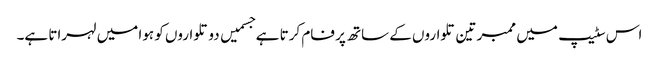
اس سٹیپ میں ممبر تین تلواروں کے ساتھ پر فام کرتا ہے جسمیں دو تلواروں کو ہوا میں لہراتا ہے۔